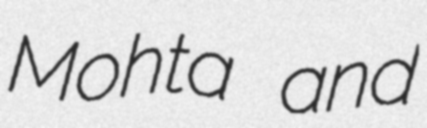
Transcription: Mohta and